Mustjala_vallavalitsus, lk 6
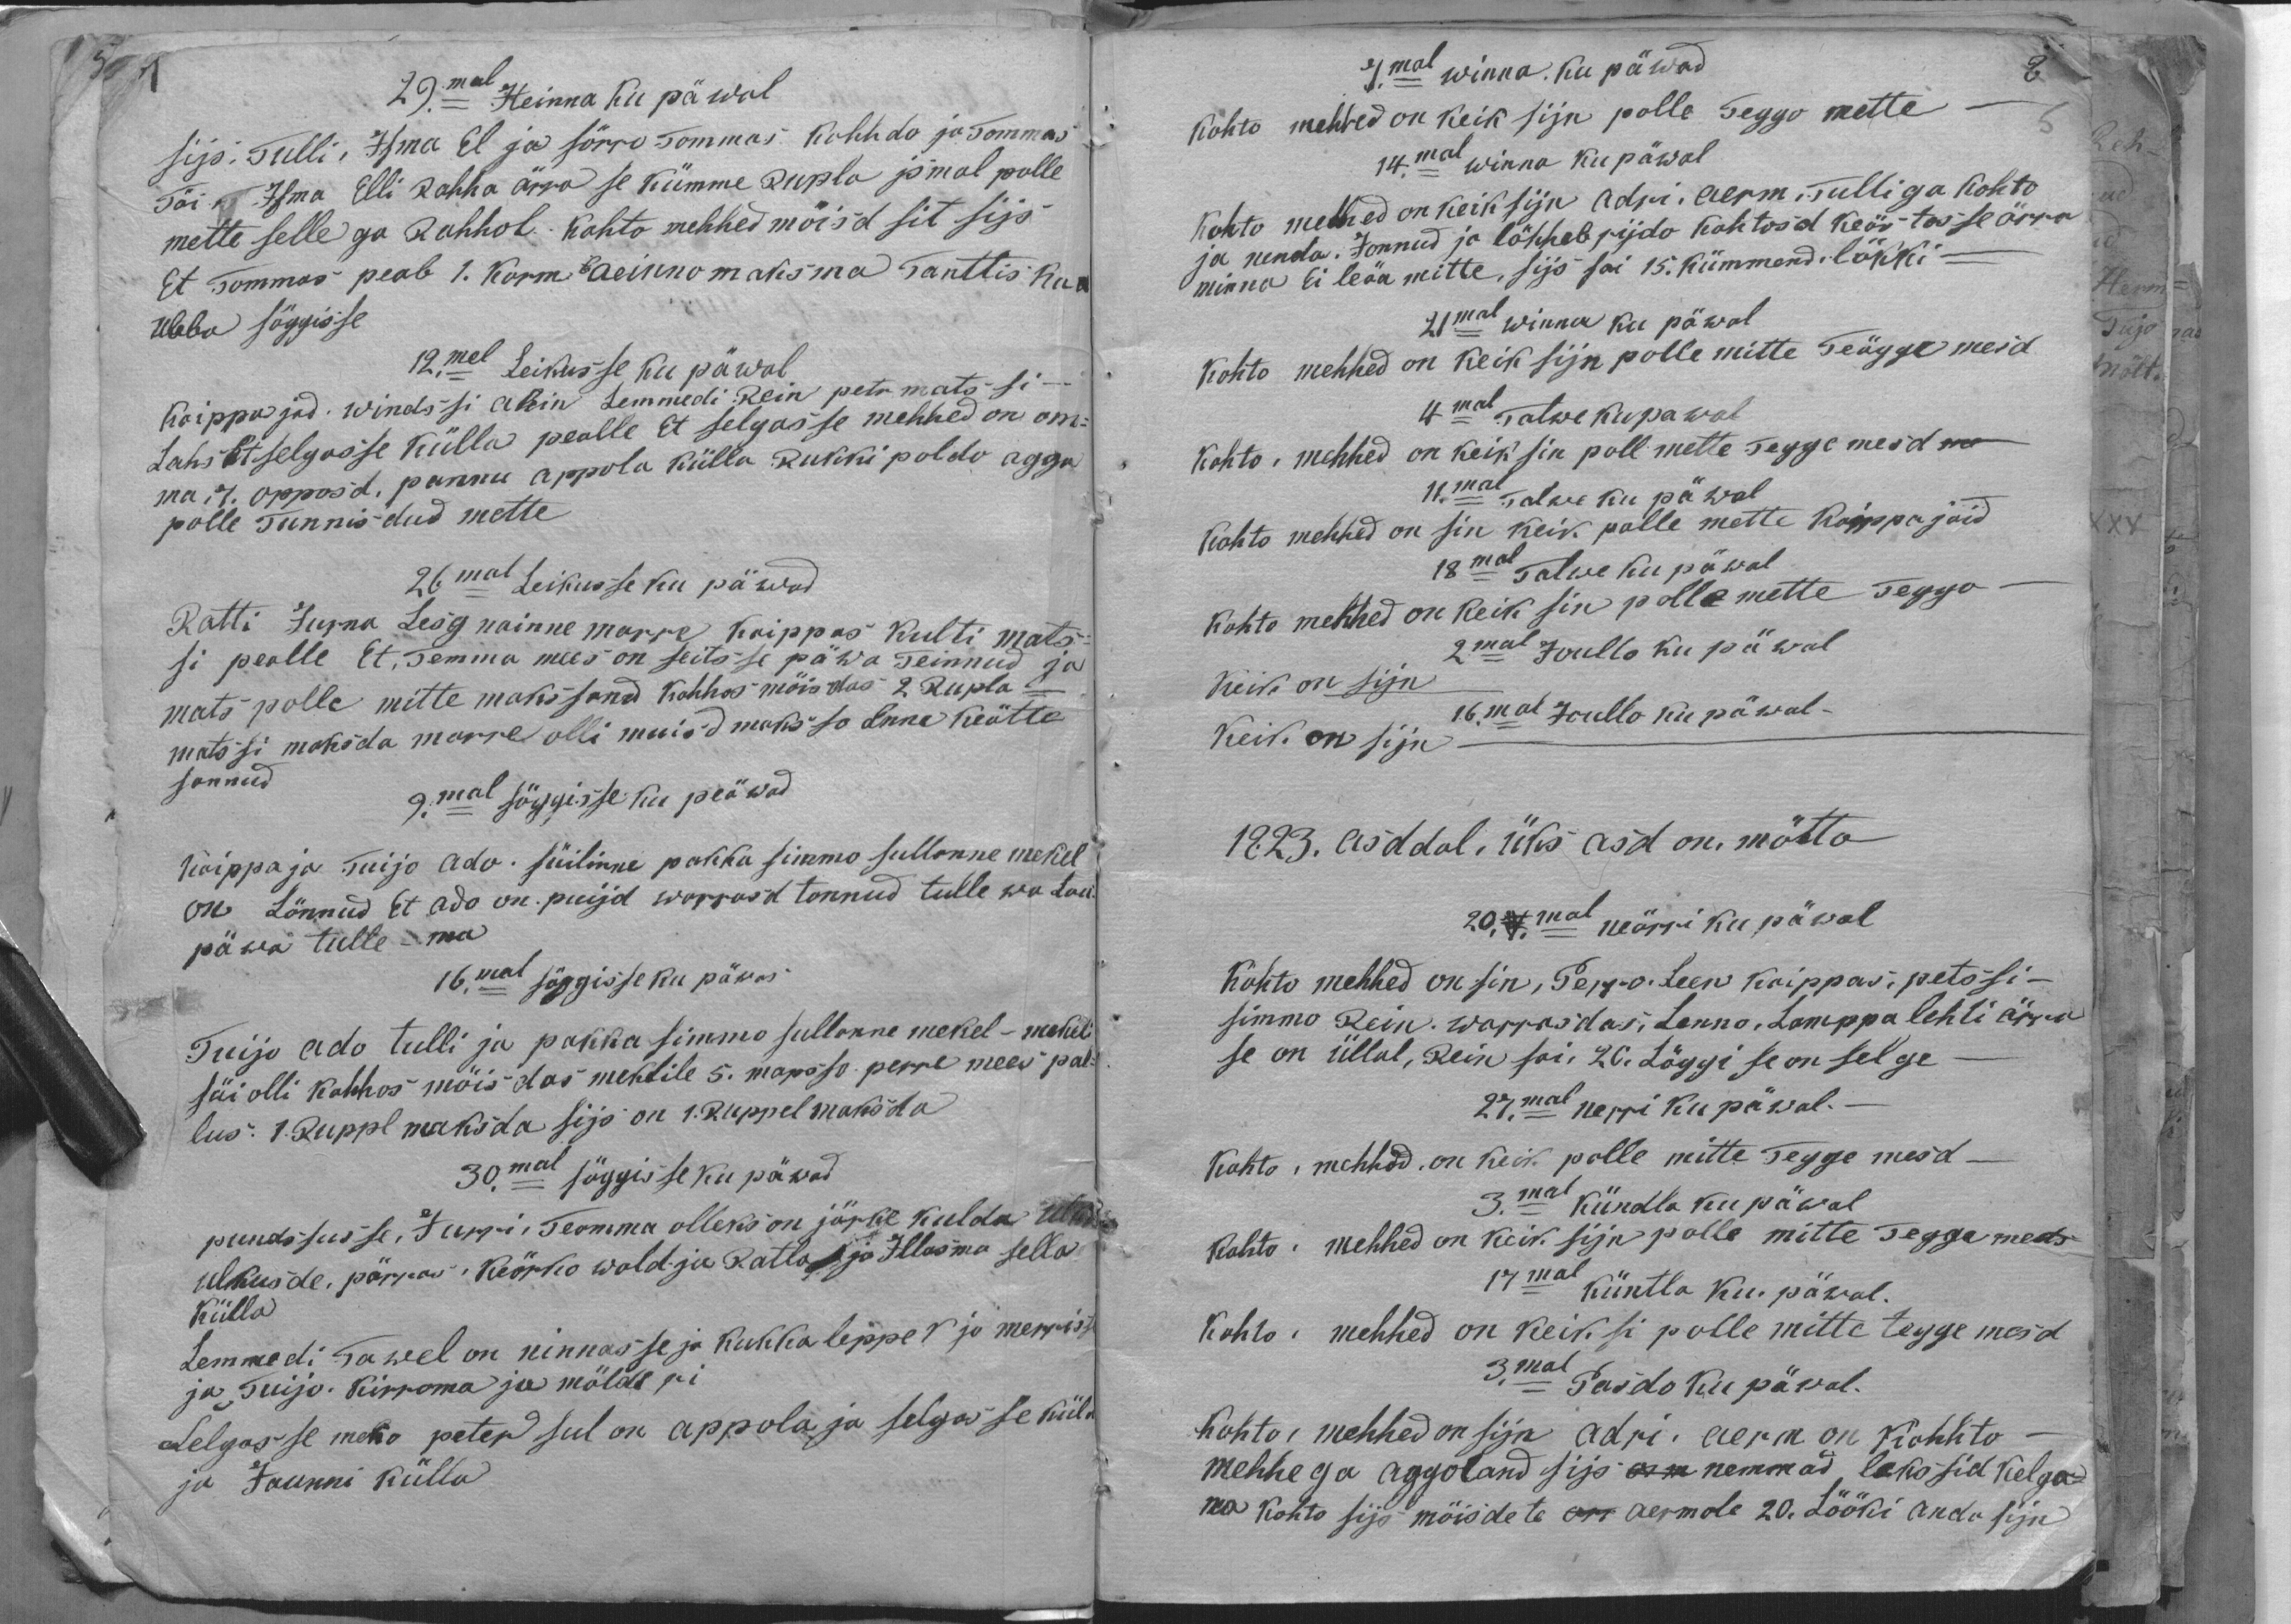
29.mal Heinna Ku päwal
sijs. Tulli, Ilma El ja Sõrro Tommas. Kohhdo ja Tommas
Tõi. Isma Elli Rahha ärra se kümme Rupla jsmal polle
mette sellega Rahhol. Kohto mehhed mõisid sit sijs
Et Tommas peab 1. Korm aeinno naksma Tanttis Ka
ubba süggisse
12.mal Leikusse ku päwal
Kaippajad. Windssi akin Lemmedi Rein petr mats si-
Lahs ät selgasse külla pealle. Et selgasse mehhed on om-
mait opposd, pannu appola külla Rukki poldo agga
polle Tunnisdud mette
26mal Leikusse ku päwad
Ratti Jurna Lesg nainne Marre Kaippas Kulti Mats-
si pealle Et. Temma mees on seitsse päwa Teinnud ja
Mats polle mitte makssand Kohhos mõisdas 2 Rupla
matssi maksda marre olli muisd maksso Enne keätte
sannud.
9.mal söggisse ku peäwad
Kaippaja Tuijo Ado süilinne pakka simmo sullanne mekel
on Lönnud Et Ado on puijd warrasd tannud tulle wa lau-
päewa tulle - ma
16.mal söggisse ku päwas
Tuijo Ado tulli ja pakka Simmo sulloone mekel - mekeli
süi olli kohhos mõisdas meklile 5. napsso perre mees pal-
lus: 1. Ruppl maksda sijs on 1. Ruppel maksda
30.mal söggisse ku päwad
pundsusse, Jurri: Teamma olleks on järke kulda
ulkusde, pärras: Keörko wald ja Ratla ja Illasma sella
Külla
Lemmedi Tawel on ninnasse ja kukka leppes ja merrisse,
ja Tuijo. Kirroma ja möldri
Selgasse mehe peter sul on appola ja selgasse küla
ja Jaunni külla

7.mal winna. Ku päwad
kohto mehhed on keik sijn polle Teggo mette
14.mal winna ku päwal
kohto mehed on keik sijn Adri, Aerm, Tulliga kohto
ja nenda. Jonnud ja lähheb rijdo kohtosd keästasse ärra
minna ei leäa mitte, sijs sai 15. kümmend. lökki-
21.mal winna ku päwal
Kohto mehhed on keik sijn polle mitte Teäggemesd
4mal Talwe Kupawal
kohto. mehhed on keik sin poll mette Teggemesd
11.mal Talwe ku päwal
Kohto mehhed on sin keik polle mette kaippajaid
18mal Talwe ku päwal
kohto mehhed on keik sin polle mette Teggo
2mal Joullo ku päwal
Keik on sijn
16.mal Joullo ku päwal-
Keik on sijn
1823. asddal, üks asd on, mötta
20.mal neärri ku päwal
Kohto mehhed on sin, Perro Leen kaippas, petosi-
simmo Rein. warrasdas, Lenno, Lamppa lehli ärra
se on üllal, Rein sai. 20. Löggi se on selge
27.mal nerri ku päwal.
Kohto, mehhed on keik polle mitte Teggemesd-
3.mal kündla ku päwal
kohto mehhed on keik sijn polle mitte Teggemeds-
17mal küntla ku. päwal.
Kohto mehhed on keik si polle mitte tegge mesd
3.mal Pasdo ku päwal.
kohto: mehhed on sijn adri. aerm on kohhto-
mehhega aggoland sijs nemmad, läkssid kelga
ma kohto sijs mõisdete om aermale 20. Lööki anda siin